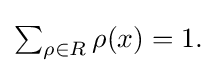
{\textstyle \sum _{\rho \in R}\rho (x)=1.}